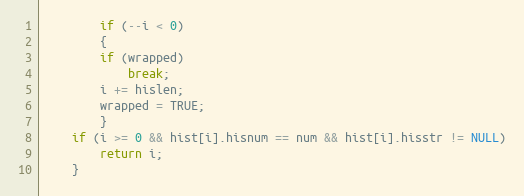
Language: C
	    if (--i < 0)
	    {
		if (wrapped)
		    break;
		i += hislen;
		wrapped = TRUE;
	    }
	if (i >= 0 && hist[i].hisnum == num && hist[i].hisstr != NULL)
	    return i;
    }